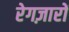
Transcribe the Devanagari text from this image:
रेगज़ारों